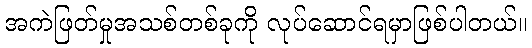
အကဲဖြတ်မှုအသစ်တစ်ခုကို လုပ်ဆောင်ရမှာဖြစ်ပါတယ်။